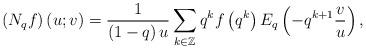
LaTeX: \begin{align*}\left( N_{q}f\right) \left( u;v\right) =\frac{1}{\left( 1-q\right) u}\sum_{k\in\mathbb{Z}}q^{k}f\left( q^{k}\right) E_{q}\left( -q^{k+1}\frac{v}{u}\right), \end{align*}